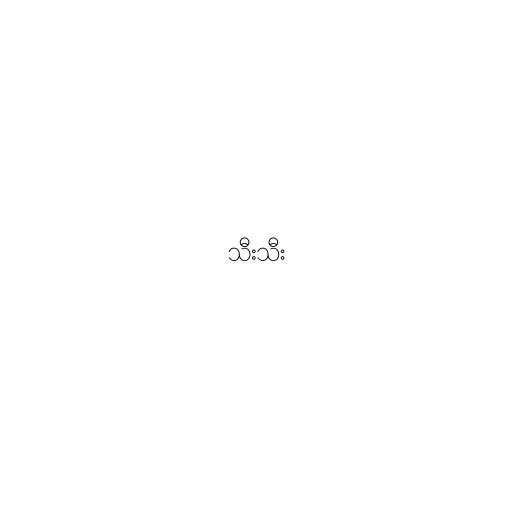
သီးသီး